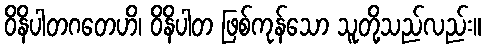
ဝိနိပါတဂတေဟိ၊ ဝိနိပါတ ဖြစ်ကုန်သော သူတို့သည်လည်း။